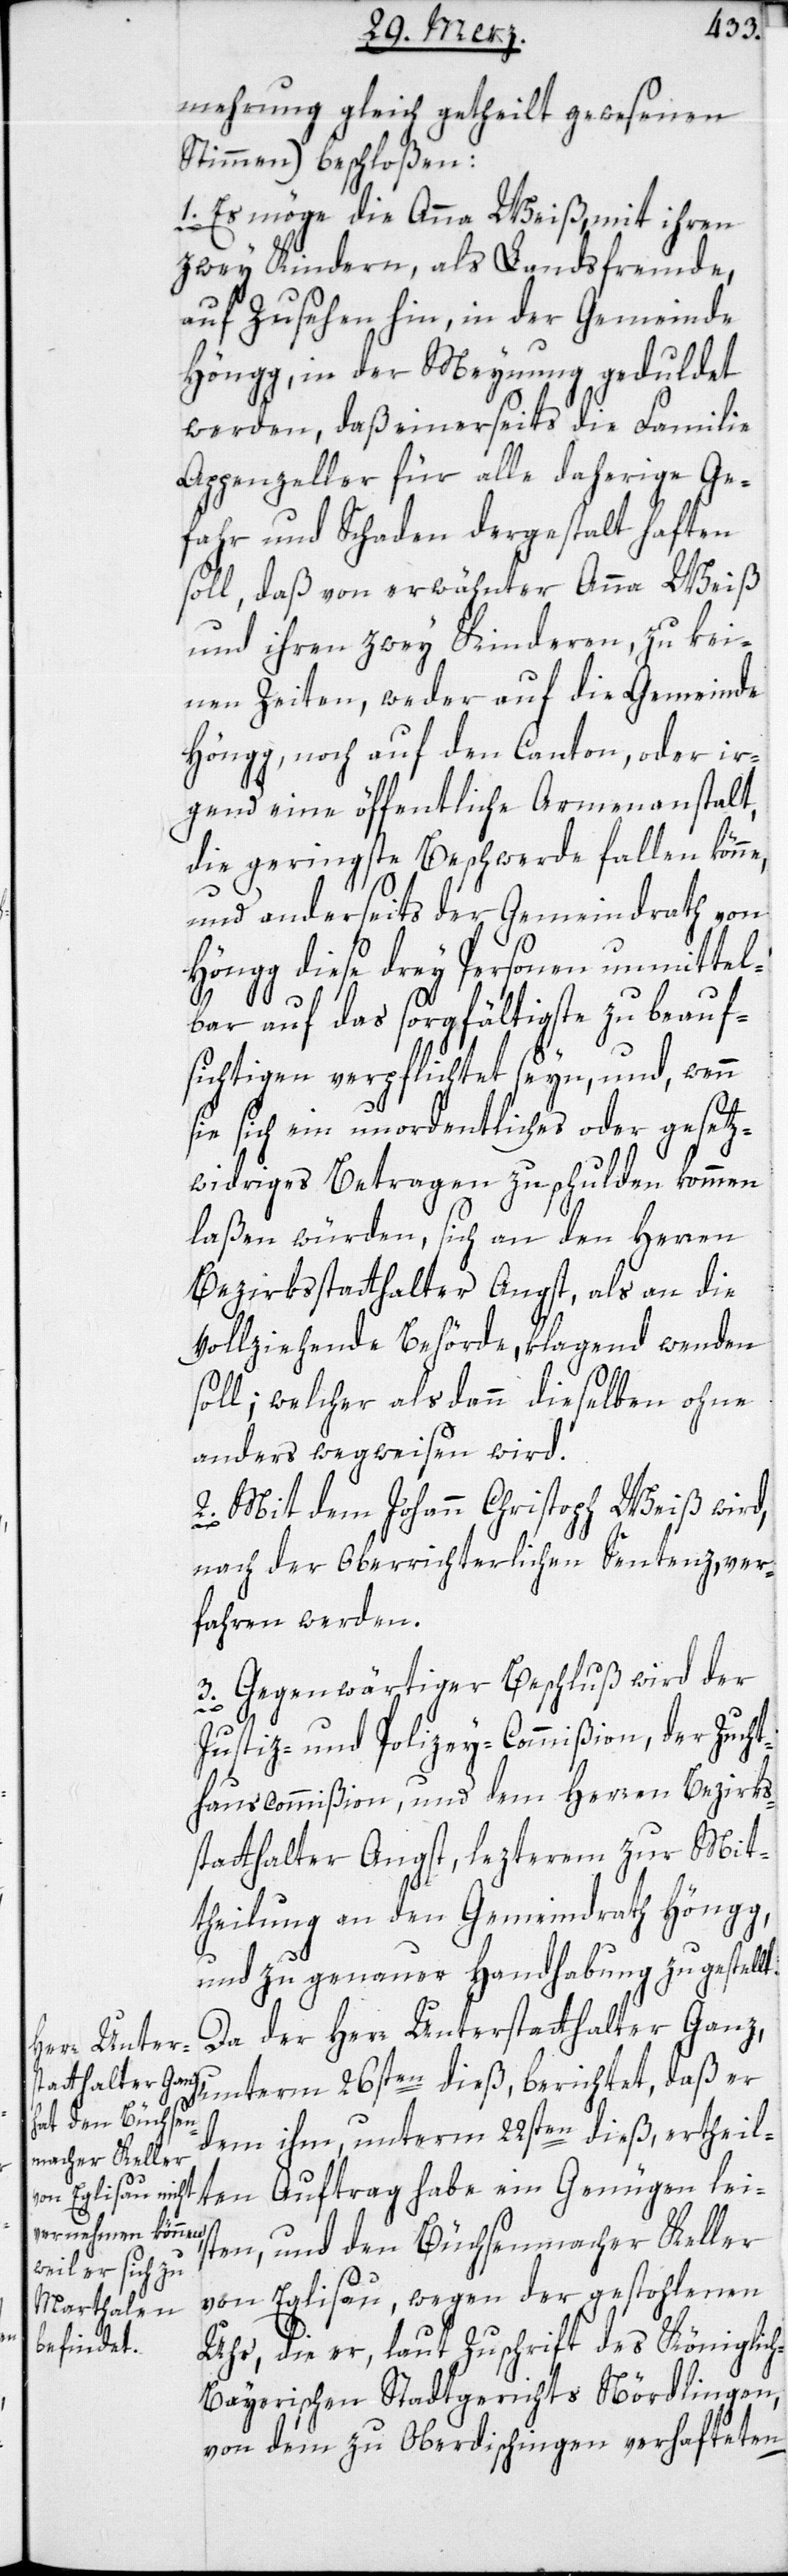
mehrung gleich getheilt gewesenen
Stimmen) beschloßen:
1. Es möge die Anna Weiß, mit ihren
zwey Kindern, als Landsfremde,
auf Zusehen hin, in der Gemeinde
Höngg, in der Meynung geduldet
werden, daß einerseits die Familie
Appenzeller für alle daherige Ge¬
fahr und Schaden dergestalt haften
soll, daß von erwähnter Anna Weiß
und ihren zwey Kinderen, zu kei¬
nen Zeiten, weder auf die Gemeinde
Höngg noch auf den Canton, oder ir¬
gend eine öffentliche Armenanstalt,
die geringste Beschwerde fallen könne,
und anderseits der Gemeindrath von
Höngg diese drey Personen unmittel¬
bar auf das sorgfältigste zu beauf¬
sichtigen verpflichtet seyn, und, wenn
sie sich ein unordentliches oder gesetz¬
widriges Betragen zu schulden kommen
laßen würden, sich an den Herren
Bezirksstatthalter Angst, als an die
vollziehende Behörde, klagend wenden
soll; welcher alsdann dieselben ohne
anders wegweisen wird.
2. Mit dem Johann Christoph Weiß wird,
nach der obergerichtlichen Sentenz, ver¬
fahren werden.
3. Gegenwärtiger Beschluß wird der
Justiz- und Polizey-Commißion , der Zucht¬
hauscommißion, und dem Herren Bezirks¬
statthalter Angst, lezterem zur Mit¬
theilung an den Gemeindrath Höngg,
und zu genauer Handhabung zugestellt.
Da der Herr Unterstatthalter Ganz,
unterm 26sten dieß, berichtet, daß er
dem ihm unterm 22sten dieß ertheil¬
ten Auftrag habe ein Genügen lei¬
sten, und den Büchsenmacher Keller
von Eglisau, wegen der gestohlenen
Uhr, die er, laut Zuschrift des Königlic¬
h-Bayerischen Stadtgerichts Nördlingen,
von dem zu Oberdischingen verhafteten